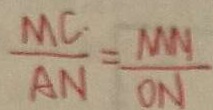
\frac { M C } { A N } = \frac { M N } { O N }